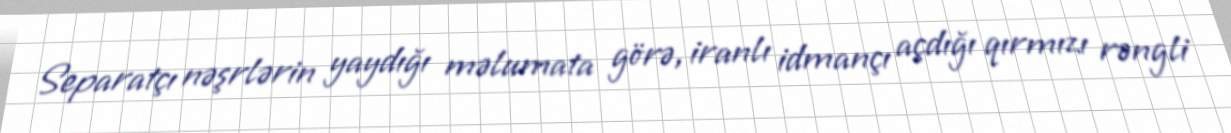
Separatçı nəşrlərin yaydığı məlumata görə, iranlı idmançı açdığı qırmızı rəngli